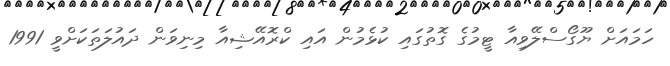
ހަމައަށް ޔޫގޯސްލޭވިއާ ޓީމުގެ ގޮތުގައި ކުޅެމުން އައި ކްރޮއޭޝިއާ މިނިވަން ދައުލަތަކަށްވީ 1991